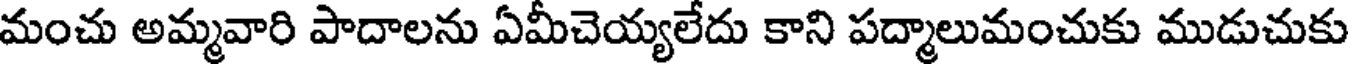
మంచు అమ్మవారి పాదాలను ఏమీచెయ్యలేదు కాని పద్మాలుమంచుకు ముడుచుకు